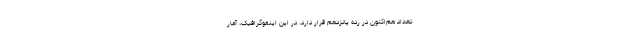
تعداد هم‌اکنون در رده پانزدهم قرار دارد. در این اینفوگرافیک، آمار